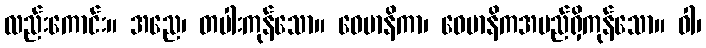
လည်းကောင်း။ အညေ၊ တပါးကုန်သော။ ဝေမာနိကာ၊ ဝေမာနိကအမည်ရှိကုန်သော။ ဝါ၊